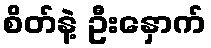
စိတ်နဲ့ ဦးနှောက်